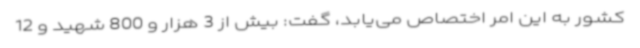
کشور به این امر اختصاص می‌یابد، گفت: بیش از 3 هزار و 800 شهید و 12